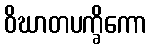
ဝိဃာတပက္ခိကော